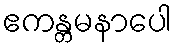
ဧကန္တမနာပေါ